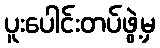
ပူးပေါင်းတပ်ဖွဲ့မှ